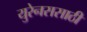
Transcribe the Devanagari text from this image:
युरेनससाठी